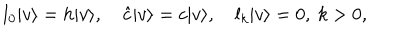
l _ { 0 } | v \rangle = h | v \rangle , \quad \hat { c } | v \rangle = c | v \rangle , \quad l _ { k } | v \rangle = 0 , \ k > 0 ,